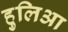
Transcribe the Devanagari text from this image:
हुलिआ